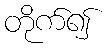
တိုက်၍